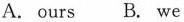
A. ours B. we